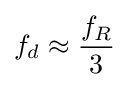
f_{d}\approx {\frac {f_{R}}{3}}